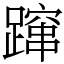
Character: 蹿